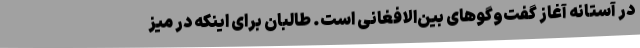
در آستانه آغاز گفت‌وگوهای بین‌الافغانی است. طالبان برای اینکه در میز